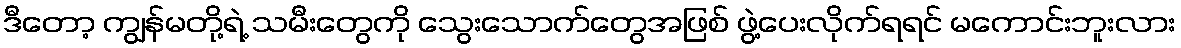
ဒီတော့ ကျွန်မတို့ရဲ့ သမီးတွေကို သွေးသောက်တွေအဖြစ် ဖွဲ့ပေးလိုက်ရရင် မကောင်းဘူးလား